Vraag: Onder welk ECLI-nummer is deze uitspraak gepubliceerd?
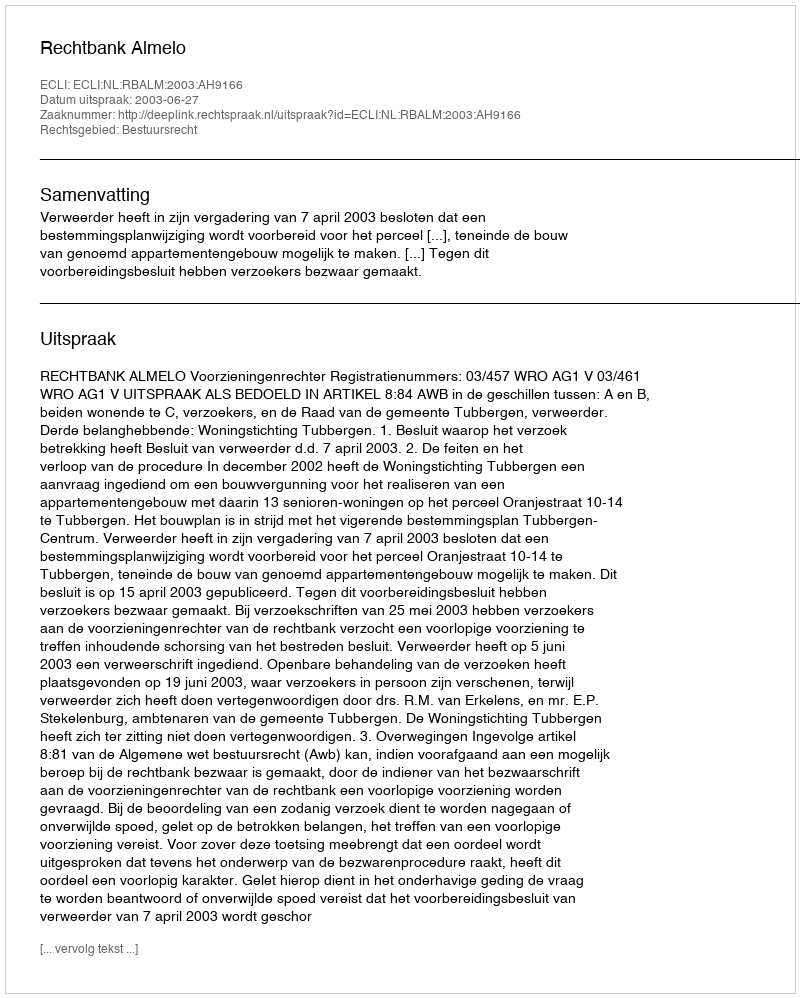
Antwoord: ECLI:NL:RBALM:2003:AH9166